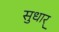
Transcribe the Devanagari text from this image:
सुधार्